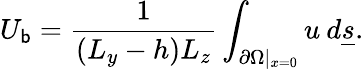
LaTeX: U_{\mathsf{b}}=\frac{{1}}{{(L_{y}-h)L_{z}}}\int_{\partial\Omega|_{x=0}}u\: d\underline{{{s}}}.